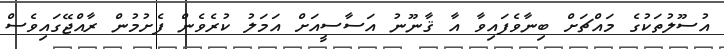
އުސޫލުތަކުގެ މައްޗަށް ބިނާވެފައިވާ އާ ޤާނޫނު އަސާސީއަށް އަމަލު ކުރެވެން ފެށުމުން ރާއްޖޭގައިވެސް